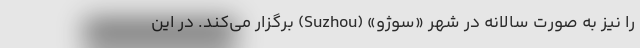
را نیز به صورت سالانه در شهر «سوژو» (Suzhou) برگزار می‌کند. در این